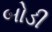
બોડી